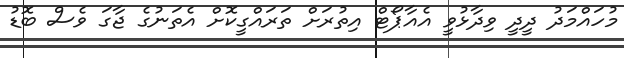
މުހައްމަދު ދީދީ ވިދާޅުވީ އެއާޕޯޓް އިތުރަށް ތަރައްގީކޮށް އެތަނުގެ ޖާގަ ވެސް ބޮޑު